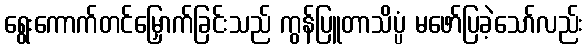
ရွေးကောက်တင်မြှောက်ခြင်းသည် ကွန်ပြူတာသိပ္ပံ မဖော်ပြခဲ့သော်လည်း